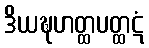
ဒိယဍ္ဎဟတ္ထပတ္ထဋံ